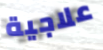
علاجية